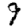
Digit: 9